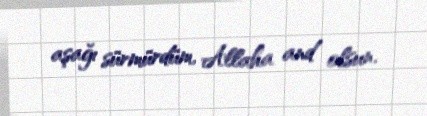
aşağı sürmürdüm, Allaha and olsun.